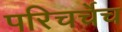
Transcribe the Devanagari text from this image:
परिचर्चेच